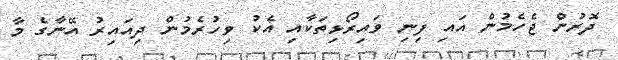
ދޮރުން ޖެހެމުން އައި ފިނި ވައިރޯޅިތަކާއި އެކު ވިހުރެމުން ދިއައިރު އޭނާގެ މާ